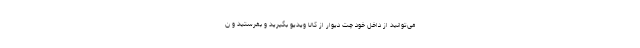
می‌توانید از داخل خود چت دیوار از کالا ویدیو بگیرید و بفرستید و ن